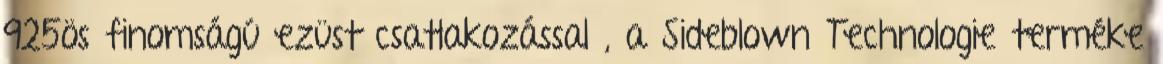
925ös finomságú ezüst csatlakozással , a Sideblown Technologie terméke